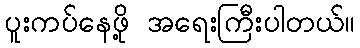
ပူးကပ်နေဖို့ အရေးကြီးပါတယ်။